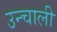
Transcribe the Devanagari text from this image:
उन्चाली